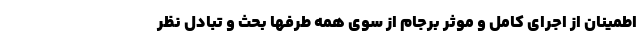
اطمینان از اجرای کامل و موثر برجام از سوی همه طرفها بحث و تبادل نظر